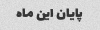
پایان این ماه